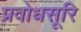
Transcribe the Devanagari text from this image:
प्रवोधसूरि